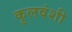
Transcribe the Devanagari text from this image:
कुलवंशी